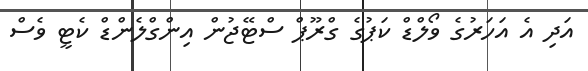
އަދި އެ އަހަރުގެ ވޯލްޑް ކަޕުގެ ގްރޫޕް ސްޓޭޖުން އިންގްލެންޑް ކެޓީ ވެސް